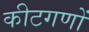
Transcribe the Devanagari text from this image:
कीटगणों